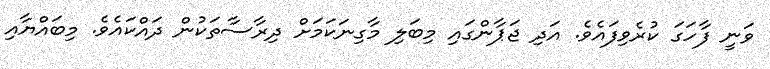
ވަނީ ފާހަގަ ކުރެވިފައެވެ. އަދި ޖަޕާންގައި މިބަލި މާގިނަކަމަށް ދިރާސާތަކުން ދައްކައެވެ. މިބައްޔާއި